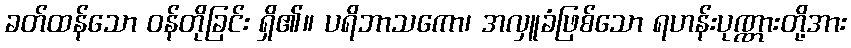
ခတ်ထန်သော ဝန်တိုခြင်း ရှိ၏။ ပရိဘာသကော၊ အလှူခံဖြစ်သော ရဟန်းပုဏ္ဏားတို့အား